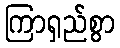
ကြာရှည်စွာ